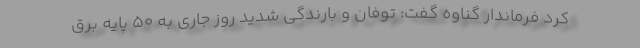
کرد فرماندار گناوه گفت: توفان و بارندگی شدید روز جاری به ۵۰ پایه برق